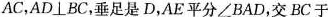
A C$$，AD\bot BC，垂足是D，AE平分∠BAD，交BC于